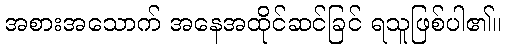
အစားအသောက် အနေအထိုင်ဆင်ခြင် ရသူဖြစ်ပါ၏။